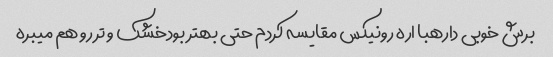
برش خوبی دارهبا اره رونیکس مقایسه کردم حتی بهتر بودخشک و تر رو هم میبره